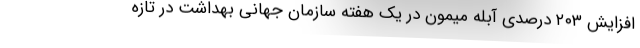
افزایش ۲۰۳ درصدی آبله میمون در یک هفته سازمان جهانی بهداشت در تازه